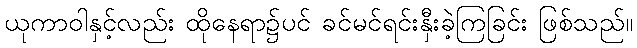
ယုကာဝါနှင့်လည်း ထိုနေရာ၌ပင် ခင်မင်ရင်းနှီးခဲ့ကြခြင်း ဖြစ်သည်။